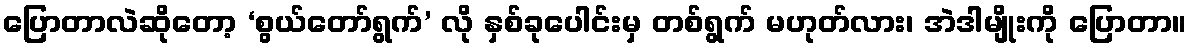
ပြောတာလဲဆိုတော့ ‘စွယ်တော်ရွက်’ လို နှစ်ခုပေါင်းမှ တစ်ရွက် မဟုတ်လား၊ အဲဒါမျိုးကို ပြောတာ။